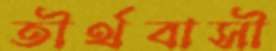
তীর্থবাসী